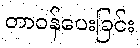
တာဝန်ပေးခြင်း